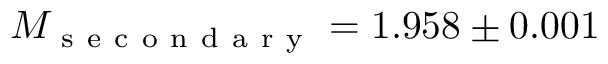
M _ { \mathrm { ~ s ~ e ~ c ~ o ~ n ~ d ~ a ~ r ~ y ~ } } = 1 . 9 5 8 \pm 0 . 0 0 1